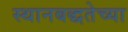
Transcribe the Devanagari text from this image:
स्थानबद्धतेच्या